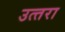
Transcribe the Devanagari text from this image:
उत्‍तरा